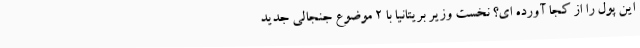
این پول را از کجا آورده ای؟ نخست وزیر بریتانیا با 2 موضوع جنجالی جدید